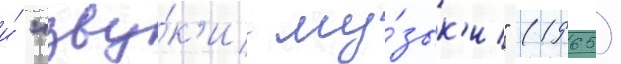
и́ "зву́к'и му́зык'и" (1965)